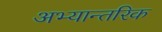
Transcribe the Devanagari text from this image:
अभ्यान्तरिक